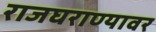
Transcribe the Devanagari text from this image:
राजघराण्यावर